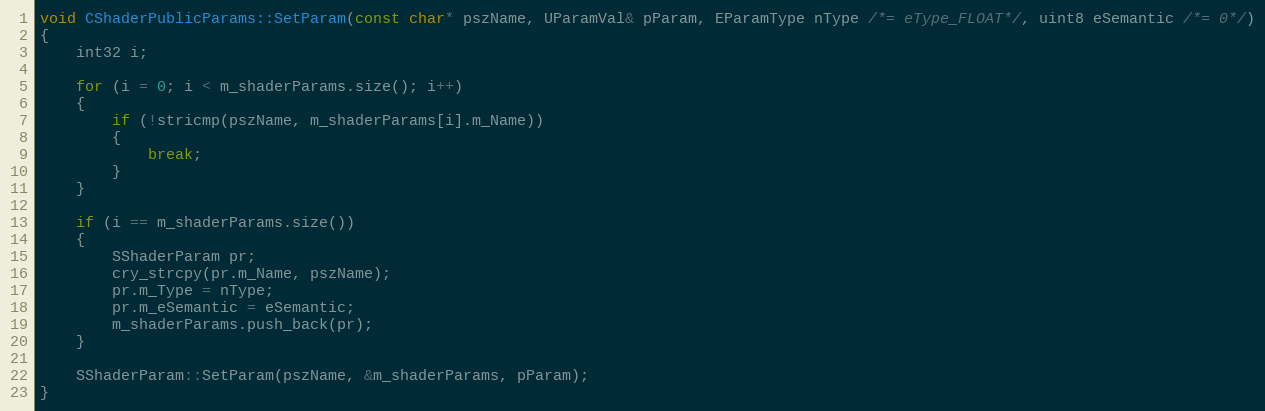
Language: C++
void CShaderPublicParams::SetParam(const char* pszName, UParamVal& pParam, EParamType nType /*= eType_FLOAT*/, uint8 eSemantic /*= 0*/)
{
	int32 i;

	for (i = 0; i < m_shaderParams.size(); i++)
	{
		if (!stricmp(pszName, m_shaderParams[i].m_Name))
		{
			break;
		}
	}

	if (i == m_shaderParams.size())
	{
		SShaderParam pr;
		cry_strcpy(pr.m_Name, pszName);
		pr.m_Type = nType;
		pr.m_eSemantic = eSemantic;
		m_shaderParams.push_back(pr);
	}

	SShaderParam::SetParam(pszName, &m_shaderParams, pParam);
}